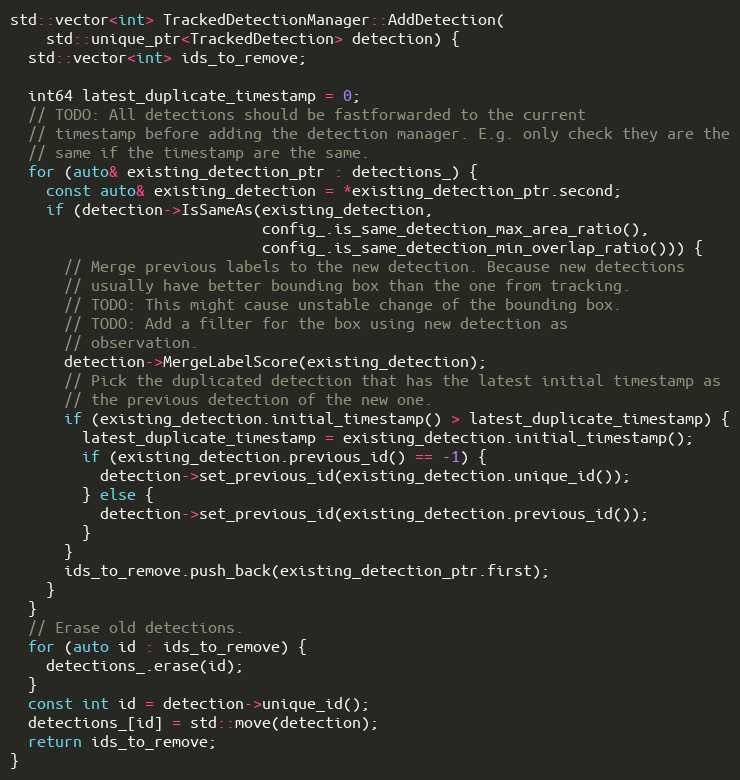
Language: C++
std::vector<int> TrackedDetectionManager::AddDetection(
    std::unique_ptr<TrackedDetection> detection) {
  std::vector<int> ids_to_remove;

  int64 latest_duplicate_timestamp = 0;
  // TODO: All detections should be fastforwarded to the current
  // timestamp before adding the detection manager. E.g. only check they are the
  // same if the timestamp are the same.
  for (auto& existing_detection_ptr : detections_) {
    const auto& existing_detection = *existing_detection_ptr.second;
    if (detection->IsSameAs(existing_detection,
                            config_.is_same_detection_max_area_ratio(),
                            config_.is_same_detection_min_overlap_ratio())) {
      // Merge previous labels to the new detection. Because new detections
      // usually have better bounding box than the one from tracking.
      // TODO: This might cause unstable change of the bounding box.
      // TODO: Add a filter for the box using new detection as
      // observation.
      detection->MergeLabelScore(existing_detection);
      // Pick the duplicated detection that has the latest initial timestamp as
      // the previous detection of the new one.
      if (existing_detection.initial_timestamp() > latest_duplicate_timestamp) {
        latest_duplicate_timestamp = existing_detection.initial_timestamp();
        if (existing_detection.previous_id() == -1) {
          detection->set_previous_id(existing_detection.unique_id());
        } else {
          detection->set_previous_id(existing_detection.previous_id());
        }
      }
      ids_to_remove.push_back(existing_detection_ptr.first);
    }
  }
  // Erase old detections.
  for (auto id : ids_to_remove) {
    detections_.erase(id);
  }
  const int id = detection->unique_id();
  detections_[id] = std::move(detection);
  return ids_to_remove;
}